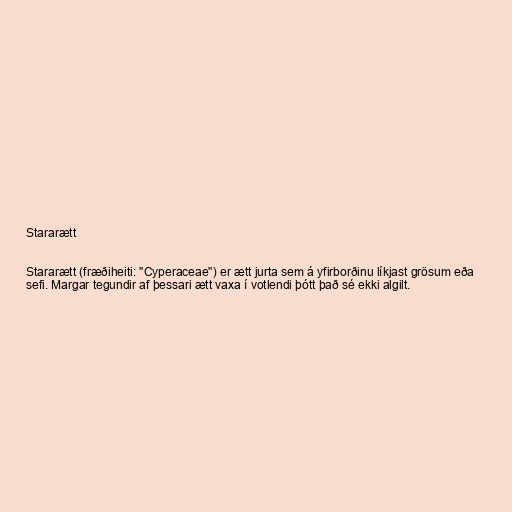
Stararætt

Stararætt (fræðiheiti: "Cyperaceae") er ætt jurta sem á yfirborðinu líkjast grösum eða
sefi. Margar tegundir af þessari ætt vaxa í votlendi þótt það sé ekki algilt.